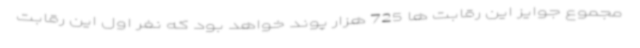
مجموع جوایز این رقابت ها 725 هزار پوند خواهد بود که نفر اول این رقابت